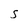
Character: S